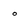
Character: o